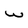
Character: w